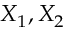
X _ { 1 } , X _ { 2 }